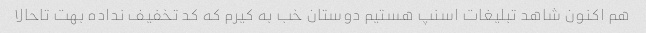
هم اکنون شاهد تبلیغات اسنپ هستیم دوستان خب به کیرم که کد تخفیف نداده بهت تاحالا